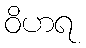
ဝိဟရ